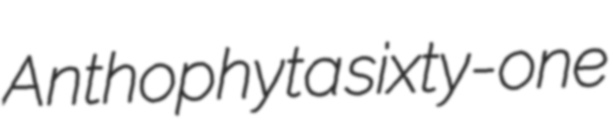
Anthophyta sixty-one